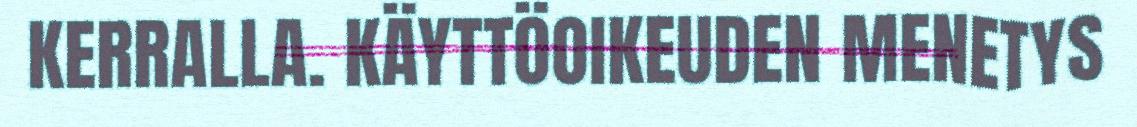
KERRALLA. KÄYTTÖOIKEUDEN MENETYS